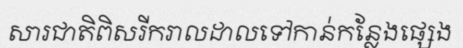
សារជាតិពិសរីករាលដាលទៅកាន់កន្លែងផ្សេង